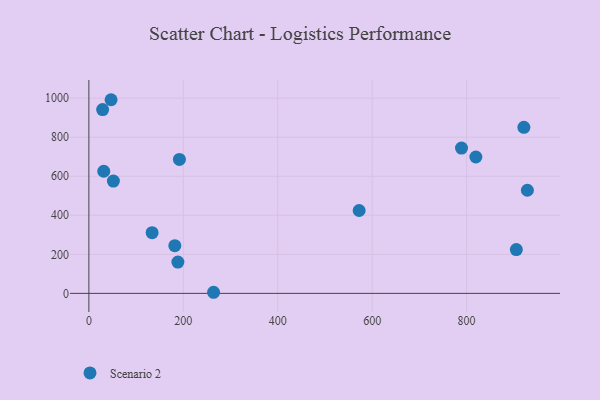
{"axis": {"x": "Investment", "y": "Demand"}, "legend": ["Scenario 2"], "data": [{"x": "572.4", "y": 424.5, "type": "Scenario 2"}, {"x": "188.5", "y": 160.4, "type": "Scenario 2"}, {"x": "31.5", "y": 625.7, "type": "Scenario 2"}, {"x": "133.9", "y": 310.7, "type": "Scenario 2"}, {"x": "29.1", "y": 941.5, "type": "Scenario 2"}, {"x": "47.0", "y": 992.0, "type": "Scenario 2"}, {"x": "51.9", "y": 575.1, "type": "Scenario 2"}, {"x": "905.3", "y": 224.6, "type": "Scenario 2"}, {"x": "191.7", "y": 686.4, "type": "Scenario 2"}, {"x": "264.1", "y": 5.6, "type": "Scenario 2"}, {"x": "789.2", "y": 744.5, "type": "Scenario 2"}, {"x": "182.0", "y": 244.1, "type": "Scenario 2"}, {"x": "921.3", "y": 850.8, "type": "Scenario 2"}, {"x": "928.7", "y": 528.2, "type": "Scenario 2"}, {"x": "819.6", "y": 698.7, "type": "Scenario 2"}]}